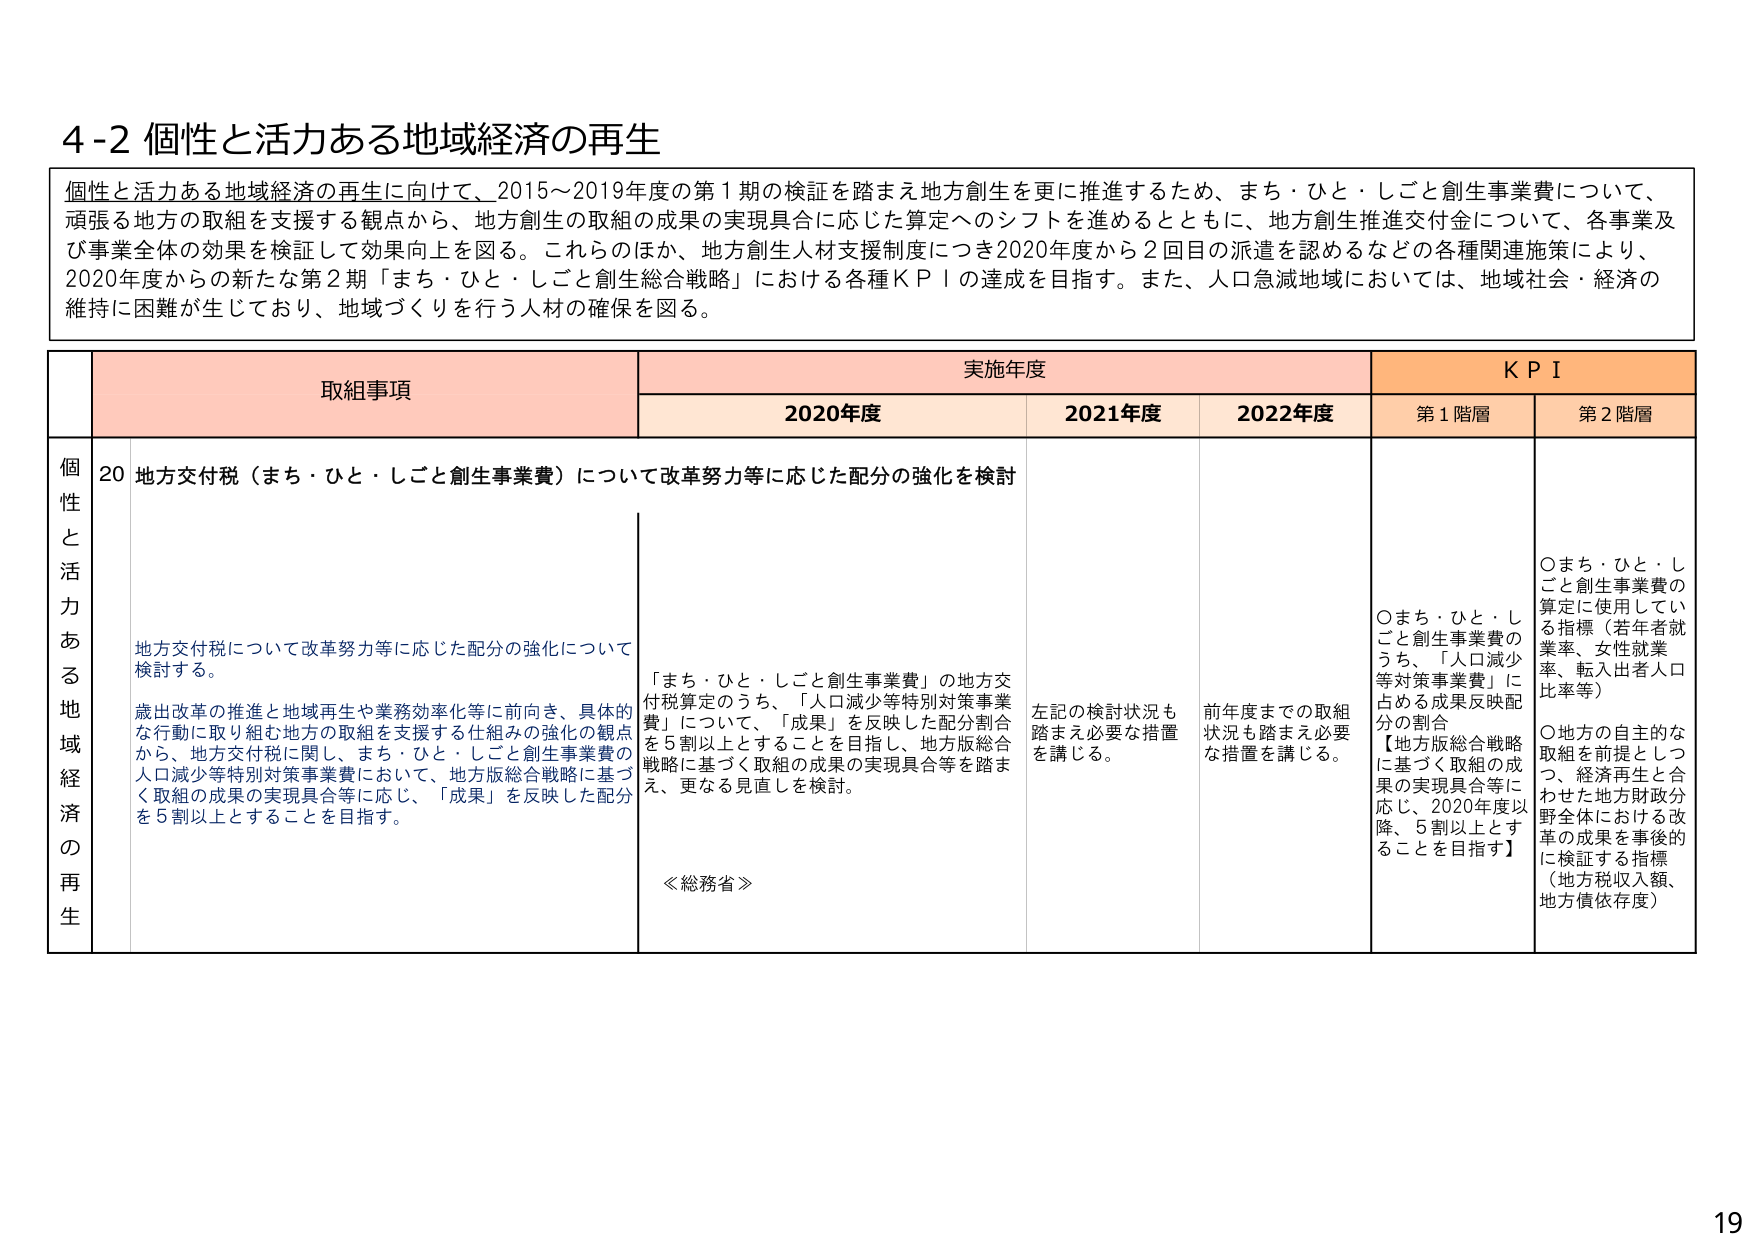
4-2 個性と活力ある地域経済の再生

個性と活力ある地域経済の再生に向けて、2015～2019年度の第1期の検証を踏まえ地方創生を更に推進するため、まち・ひと・しごと創生事業費について、
頑張る地方の取組を支援する観点から、地方創生の取組の成果の実現具合に応じた算定へのシフトを進めるとともに、地方創生推進交付金について、各事業及び事業全体の効果を検証して効果向上を図る。これらのほか、地方創生人材支援制度につき2020年度から2回目の派遣を認めるなどの各種関連施策により、
2020年度からの新たな第2期「まち・ひと・しごと創生総合戦略」における各種KPIの達成を目指す。また、人口急減地域においては、地域社会・経済の
維持に困難が生じており、地域づくりを行う人材の確保を図る。

取組事項 実施年度 KPI
2020年度 2021年度 2022年度 第1階層 第2階層

個性と活力ある地域経済の再生
20 地方交付税（まち・ひと・しごと創生事業費）について改革努力等に応じた配分の強化を検討

地方交付税について改革努力等に応じた配分の強化について
検討する。
歳出改革の推進と地域再生や業務効率化等に前向き、具体的
な行動に取り組む地方の取組を支援する仕組みの強化の観点
から、地方交付税に関し、まち・ひと・しごと創生事業費の
人口減少等特別対策事業費において、地方版総合戦略に基づ
く取組の成果の実現具合等に応じ、「成果」を反映した配分
を5割以上とすることを目指す。

「まち・ひと・しごと創生事業費」の地方交付税算定のうち、「人口減少等特別対策事業費」について、「成果」を反映した配分割合を5割以上とすることを目指し、地方版総合戦略に基づく取組の成果の実現具合等を踏まえ、更なる見直しを検討。
≪総務省≫

左記の検討状況も踏まえ必要な措置を講じる。

前年度までの取組状況も踏まえ必要な措置を講じる。

〇まち・ひと・しごと創生事業費のうち、「人口減少等対策事業費」に占める成果反映配分の割合
【地方版総合戦略に基づく取組の成果の実現具合等に応じ、2020年度以降、5割以上とすることを目指す】

〇まち・ひと・しごと創生事業費の算定に使用している指標（若年者就業率、女性就業率、転入出者人口比率等）
〇地方の自主的な取組を前提としつつ、経済再生と合わせた地方財政分野全体における改革の成果を事後的に検証する指標（地方税収入額、地方債依存度）

19